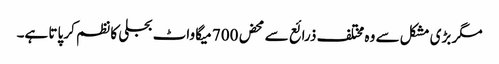
مگر بڑی مشکل سے وہ مختلف ذرائع سے محض 700 میگا واٹ بجلی کا نظم کر پاتا ہے۔